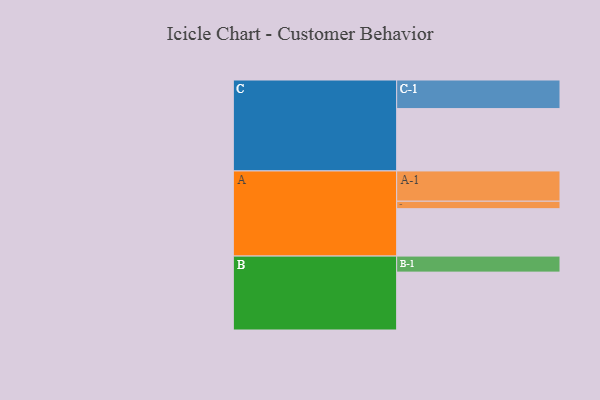
{"axis": {"x": "Segment", "y": "Value"}, "legend": ["", "A", "B", "C"], "data": [{"x": "A", "y": 426, "type": ""}, {"x": "B", "y": 520, "type": ""}, {"x": "C", "y": 560, "type": ""}, {"x": "A-1", "y": 272, "type": "A"}, {"x": "A-2", "y": 67, "type": "A"}, {"x": "B-1", "y": 144, "type": "B"}, {"x": "C-1", "y": 257, "type": "C"}]}